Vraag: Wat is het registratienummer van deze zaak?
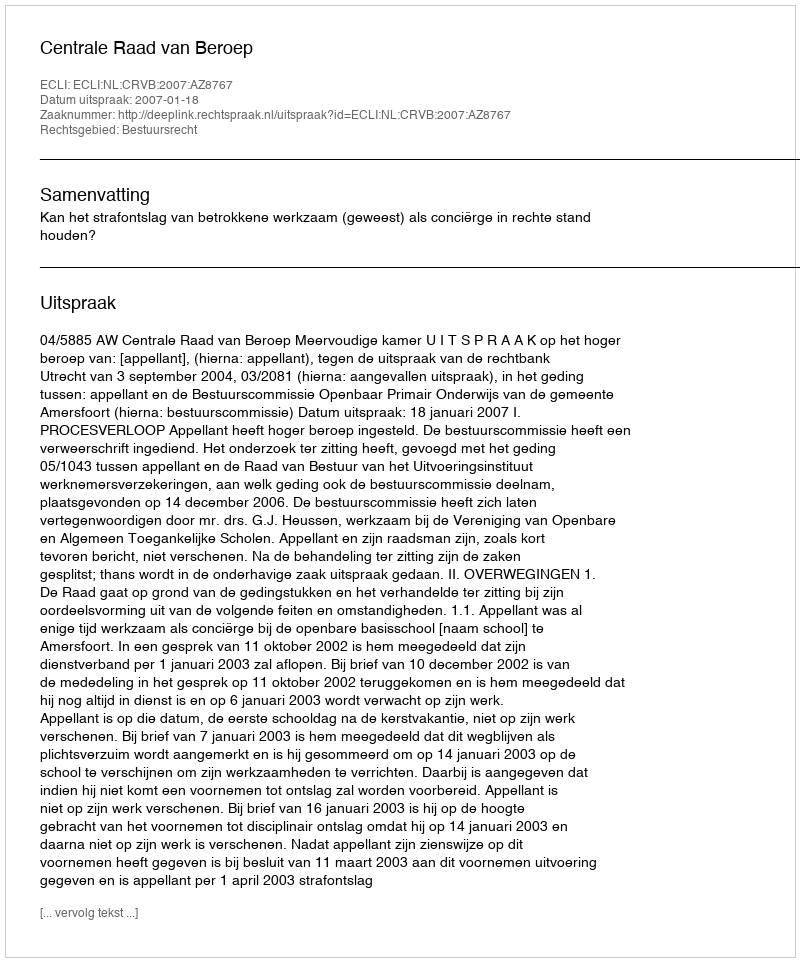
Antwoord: http://deeplink.rechtspraak.nl/uitspraak?id=ECLI:NL:CRVB:2007:AZ8767